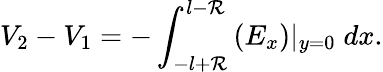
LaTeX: V_{2}-V_{1}=-\int_{-l+\mathcal{R}}^{l-\mathcal{R}}\left(E_{x}\right)\lvert_{y=0}\; dx.